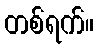
တစ်ရက်။